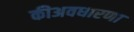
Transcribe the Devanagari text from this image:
कीअवधारणा